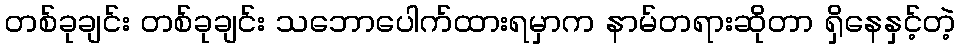
တစ်ခုချင်း တစ်ခုချင်း သဘောပေါက်ထားရမှာက နာမ်တရားဆိုတာ ရှိနေနှင့်တဲ့